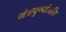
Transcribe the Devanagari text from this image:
मंत्रपुष्पांजलि